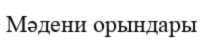
Мәдени орындары